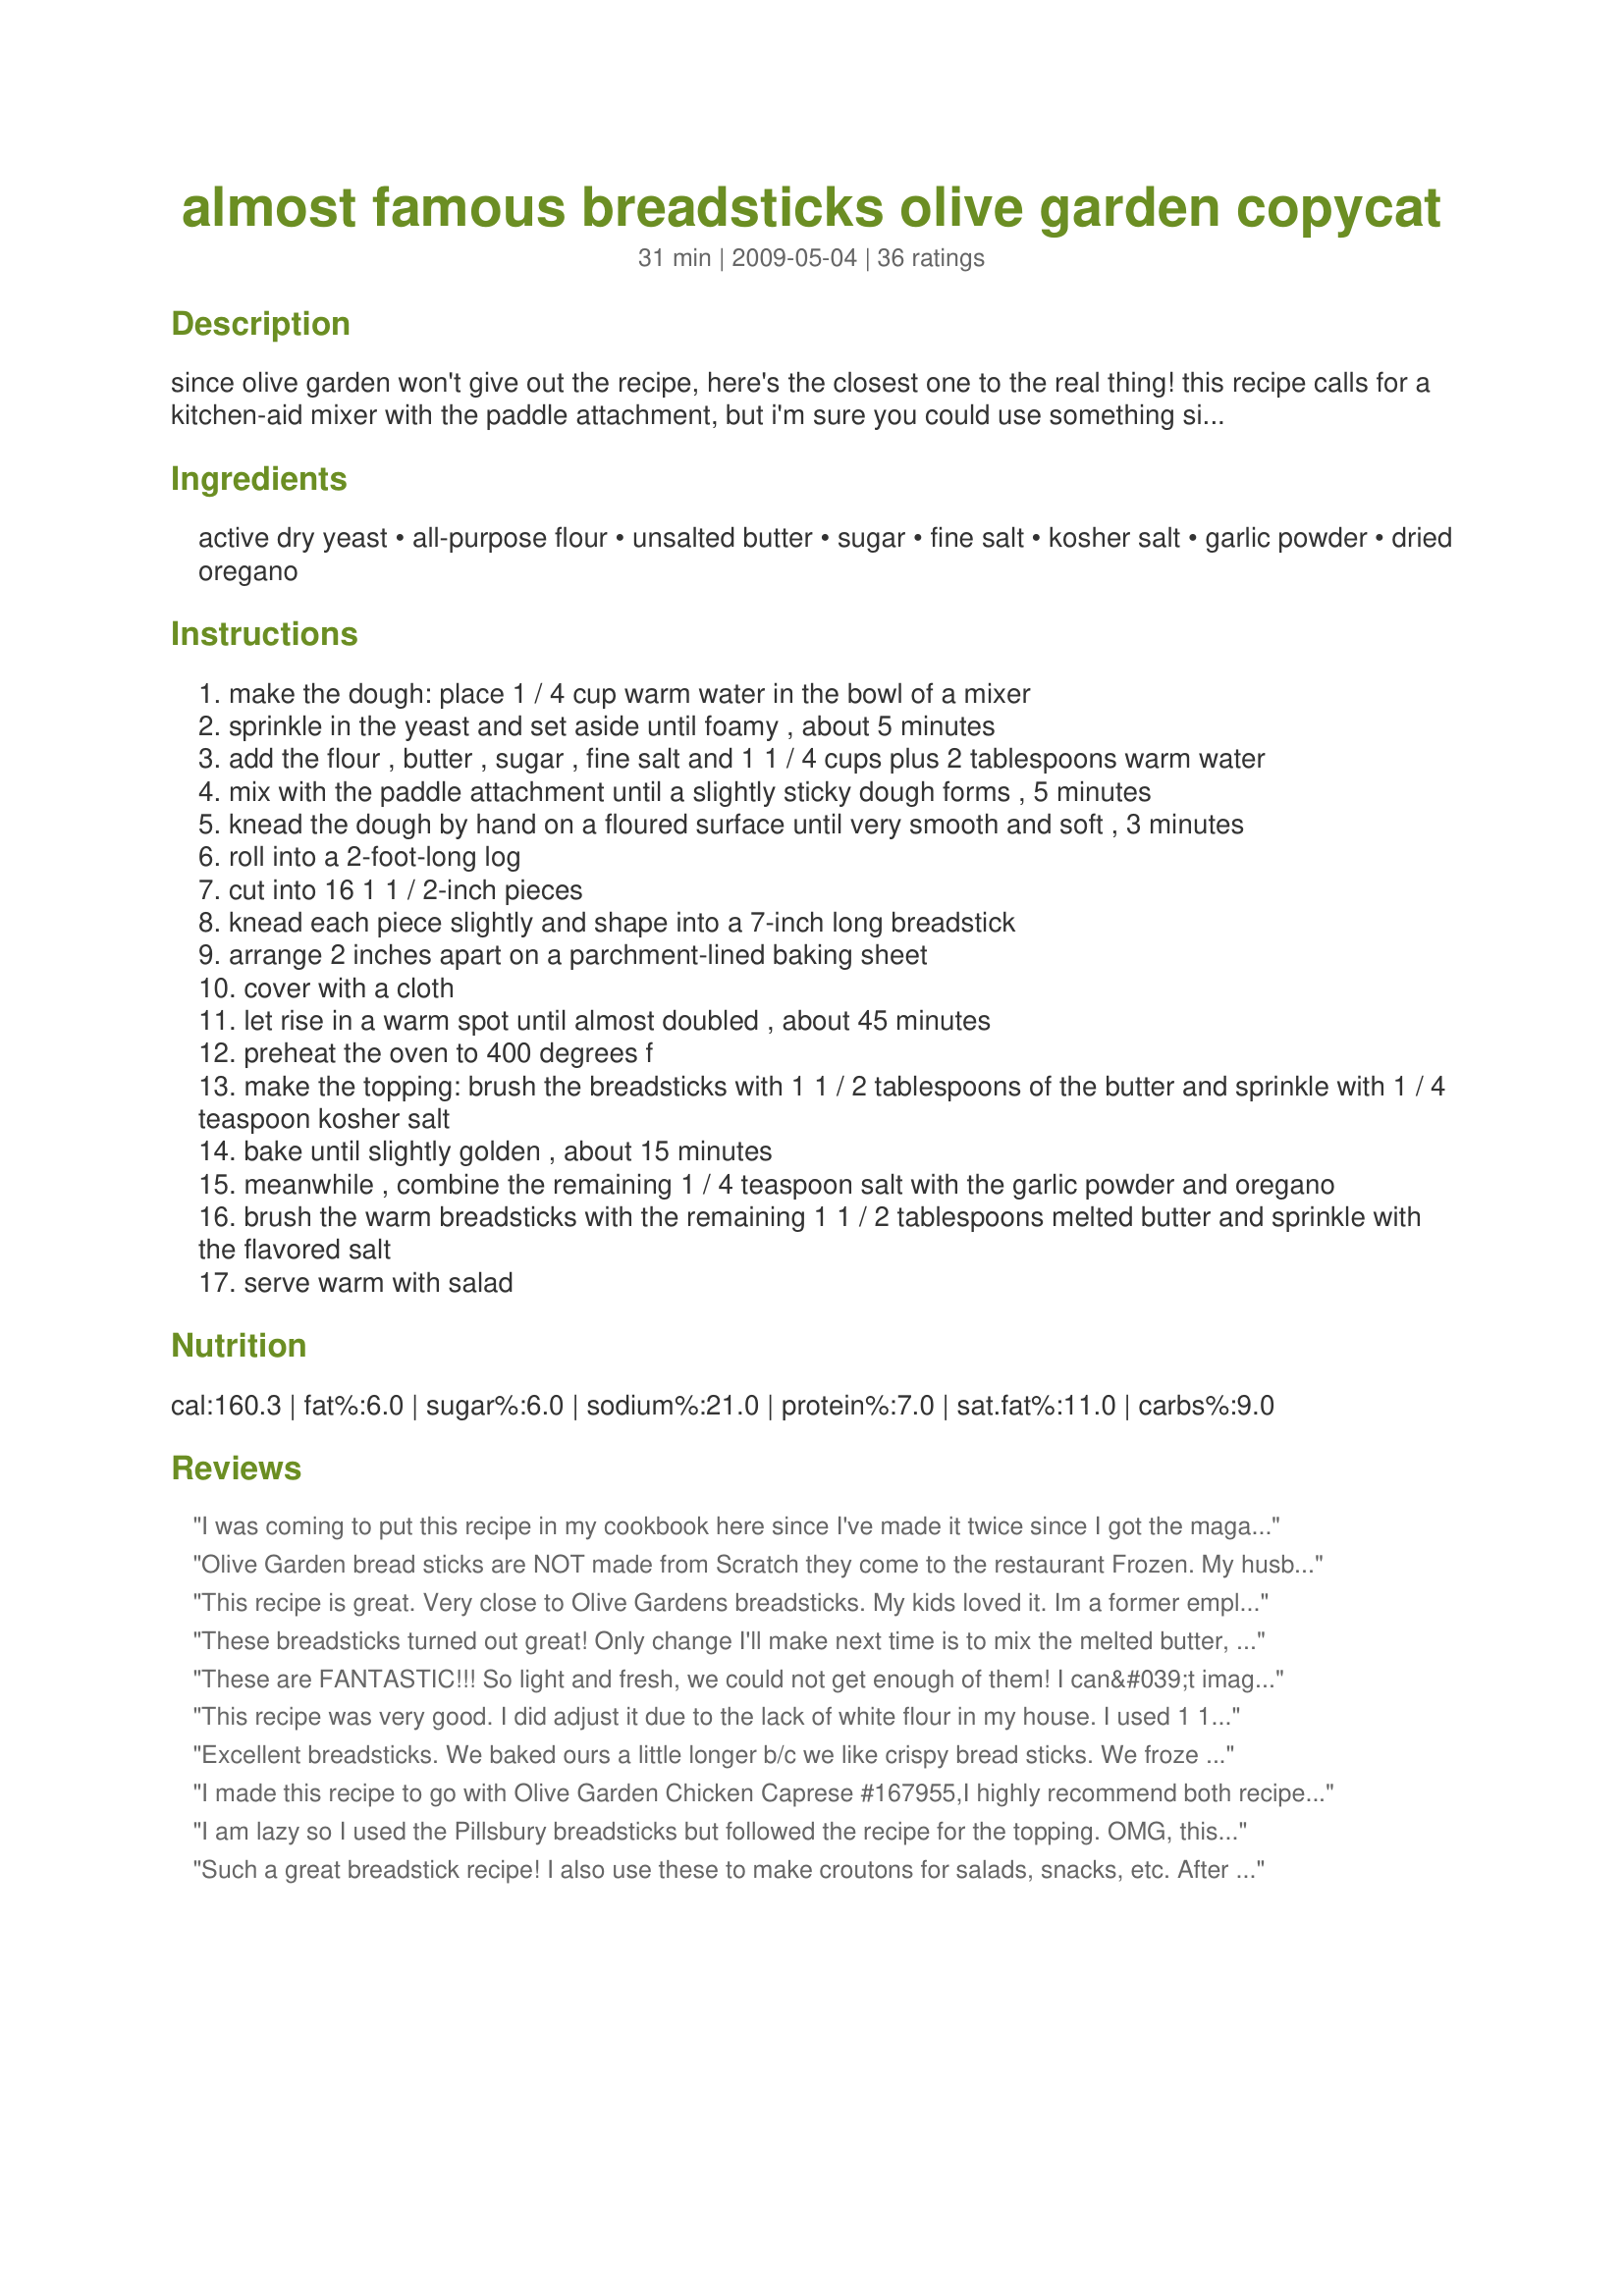
almost famous breadsticks olive garden copycat
Preparation time: 31 minutes

since olive garden won't give out the recipe, here's the closest one to the real thing! this recipe calls for a kitchen-aid mixer with the paddle attachment, but i'm sure you could use something similar.
from food network magazine.

Ingredients:
active dry yeast, all-purpose flour, unsalted butter, sugar, fine salt, kosher salt, garlic powder, dried oregano

Steps:
make the dough: place 1 / 4 cup warm water in the bowl of a mixer
sprinkle in the yeast and set aside until foamy , about 5 minutes
add the flour , butter , sugar , fine salt and 1 1 / 4 cups plus 2 tablespoons warm water
mix with the paddle attachment until a slightly sticky dough forms , 5 minutes
knead the dough by hand on a floured surface until very smooth and soft , 3 minutes
roll into a 2-foot-long log
cut into 16 1 1 / 2-inch pieces
knead each piece slightly and shape into a 7-inch long breadstick
arrange 2 inches apart on a parchment-lined baking sheet
cover with a cloth
let rise in a warm spot until almost doubled , about 45 minutes
preheat the oven to 400 degrees f
make the topping: brush the breadsticks with 1 1 / 2 tablespoons of the butter and sprinkle with 1 / 4 teaspoon kosher salt
bake until slightly golden , about 15 minutes
meanwhile , combine the remaining 1 / 4 teaspoon salt with the garlic powder and oregano
brush the warm breadsticks with the remaining 1 1 / 2 tablespoons melted butter and sprinkle with the flavored salt
serve warm with salad

Reviews:
I was coming to put this recipe in my cookbook here since I've made it twice since I got the magazine. 

This is a great recipe. I'm not sure how close it is to the Olive Garden since I haven't been there in more than 10 years, but the finished product from this recipe is tasty and nice and fluffy.
Olive Garden bread sticks are NOT made from Scratch they come to the restaurant Frozen. My husband works for the bread company that makes them and used to deliver them to Olive garden.
This recipe is great. Very close to Olive Gardens breadsticks. My kids loved it. Im a former employee of Olive Garden and to be honest....they don&#039;t make their own breadsticks. Topping yes, breadsticks no. They get the bread delivered and sometimes even use different vendors. The bread comes pre made like dinner rolls that you have to bake for like 10 minutes then they brush on the seasoned butter. I myself love make bread from scratch but don&#039;t stress yourself about using pre made bread since Olive Garden sure doesn&#039;t :D
These breadsticks turned out great! Only change I'll make next time is to mix the melted butter, garlic powder, kosher salt, and oregano to brush on at the end..... when I sprinkled it on, most of it ended up on the pan. This will definitely be my go to recipe for breadsticks!
These are FANTASTIC!!! So light and fresh, we could not get enough of them! I can&#039;t imagine a better recipe than this one. Definitely a repeat recipe. I won&#039;t buy breadsticks again...
This recipe was very good. I did adjust it due to the lack of white flour in my house. I used 1 1/2 cups white and the rest whole-wheat flour and my husband liked them BETTER than the Olive Garden bread sticks. Who would have guessed! Thank hyou for sharing a great recipe Ashbow!
Excellent breadsticks. We baked ours a little longer b/c we like crispy bread sticks. We froze half the dough for later b/c there are two of us. We made four dessert sticks (we subbed cinanamon and sugar for the seasonings). We will make these again for sure! Thanks!
I made this recipe to go with Olive Garden Chicken Caprese #167955,I highly recommend both recipes..These breadsticks were by far the best I have made so far...They had the size,and shape of O.G...The texture and flavor were very good...I will make these often..Thank U for this recipe...
I am lazy so I used the Pillsbury breadsticks but followed the recipe for the topping. OMG, this is so incredibly delicious.
Such a great breadstick recipe! I also use these to make croutons for salads, snacks, etc. After they are baked and seasoned, I cut them up into 1/2 ovals, toss them in a little extra virgin olive oil, season them with garlic salt, and stick them into the oven at 400 for 7-10 min. They are great as breadsticks, but even better as croutons!
These were awesmome! I did this for breadmaker, partial laziness and partially becasue it was a new toy for me. Used 1 1/2 cups of water and 2 1/4 tsps yeast. I did have to add an extra TBSP of water as the dough was mixing as well as it seemed to dry. Glazed them with the butter and spices mixed together and then added sharp chedder before baking. Used the 2lb dough cycle.
I just made this. I thought it was gonna be another dish that I managed to screw up but nope. These were AMAZING! Making a couple more batches tonight:)
These bread sticks came out very well! I am only 12, but I made them with the olive garden minestrone and my parents and my sister loved it!
I usually do not have good luck with yeast recipes. But these turned out very good...<br/>I used my Kitchenaid to knead the dough...
Turned out great. Let them rise for about a hour on the pan after I rolled them out. Also added half the sugar to the warm water and yeast at the beginning. It is something I have always done when making anything with yeast. Also added parmesan to the top of them right out of the oven. Family loved them! A big hit in our house.
Wow, these were awesome! Made in my bread machine and baked in glass 13x9 dishes. Perfect texture, soft and dense. I have been disappointed by other recipes, but this one was just right. Put butter and cinn/sugar on the second batch to make it a dessert. Used olive oil instead of butter in dough.
This recipe is great, a real keeper! Do not out smart yourself and use a bread machine to make the dough!
This is by far the best bread recipe I have ever used. They taste and look exactly like the Olive Garden breadsticks. I'm usually not great with breads so I didn't think it would turn out well, but my fiance is now asking me to make them every day! The only things I did differently was used the bread hook attachment instead of the paddle, and added some Italian seasoning (other than parsley) to the butter mixture. Thank you for this wonderful recipe!
These are so good, and they're easy to make! I don't know if it's because they're so fresh or what it is, but I actually think they're better than the breadsticks at the Olive Garden. Thanks for the recipe!
No one found this recipe to be very sticky???
These were delicious!
These were very good! I have made them a few times and they are very good however not really quite like olive gardens in my opinion. OG's breadsticks are generally a little lighter and fluffier and I always end up with these being fatter and not as skinny after cooking. Now with that said the taste is great and I still think they're excellent!
This is an awesome breadstick recipe! Thank you so much for sharing. I did mine a little differently because I've read that salt will inhibit the yeast. First, I dissolved the yeast in all of the recommended water with all the sugar. Once it foamed, I added it to the flour/butter/salt mixture and kneaded. I divided it into 16 equal portions and quickly rolled them into sticks. (I definitely need more practice with this!) Yours looks WAY better than mine but they tasted so yummy! Thank you so much! ��
You said 4 1/4 cup flour in ingredients but 1 1/4 cup flour in directions. I am guessing the former is a typing error you might wanna fix it.
This recipe was great for breadsticks. I didn't really care about it tasting just like olive garden, I just wanted to accomplish another yeast dough recipe. These were so good and fluffy, which I'm happy about because it took freaking forever rolling into 7-inch logs because of the elasticity. It got very annoying, so I'm glad they turned out so good. I let mine rise for an hour and a half because the spot wasn't very warm and then partially baked them at 325 for 10 min, or 15 (can't remember), then froze them. Now whenever I need breadsticks to go with my meal, I pop a few in a 400 degree preheated oven for 10 minutes, or until the top is a pretty brown color. Take them out and brush them with a melted butter mixture of butter, lots of garlic powder and italian seasoning. Delish!
Will definitely keep this recipe! The breadsticks were fun to make with my son and were delicious! Used 1/2 whole wheat flour and they were still great. We turned 6 into cinnamon sticks for dessert and they were just like the local pizza place :-)
They didn't double for me....???? I used 1 pkg.of yeast should I is used 2
Dough was waaaaaay too sticky to point it should be adjusted. More flour is needed and time for rest. I'd recommend finding another copycat.
I want to thank the person who made her breadsticks and partially baked them so that she was able to freeze them and have them ready for other meals . This will make it worth the preparation time.
. replaced the 2 Tbs sugar with wildflower honey for personal preference as it adds a little &quot;depth&quot; in flavor and not just sweetness. also added fresh minced garlic in place of the garlic powder and olive oil to the melted butter. very tasty
These breadsticks came out so beautiful and so GOOD! They really are perfect. The seasoning is just right, and the inside is so soft and gorgeous....YUM. The recipe is easy enough too that I will be baking these up often. Thank you Ashbow for posting this recipe!
This recipe did not work for me. I had to add almost a 1/2 cup of flour to get the dough to form. Then they came out tasting like biscuits.
These were SO good! The family loved them, and I realize I should have at least doubled the recipe! Thanks for posting!
Awesome recipe! I added a little bit of garlic, butter (on top) and parm cheese pre cooking. My impatient husband tried immediately and didn't think they tasted like olive gardens. I then added the melted butter and voila, just like olive garden! Delicious!
Tossed this in the bread machine where I subbed olive oil for the butter and honey for the sugar, let it do its dough process and then shaped the bread sticks in 80g-each sticks (helps cook more evenly). I baked them on a silicon mat on a cookie sheet, brushed them twice with the garlic butter and they were amazing. I&#039;ve got some in the freezer to use with later meals and was quite pleased with them. Thank you so much for sharing!
Excellent recipe! I made 32 instead of 16, so reduced time to 8 minutes. I only used whole wheat flour and they turned out perfectly soft. I didn't bother with the mixer, I just mixed and kneaded by hand on a floured surface for a full 7 minutes (super easy). Perfection.
